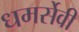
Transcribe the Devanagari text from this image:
धमर्सेवी